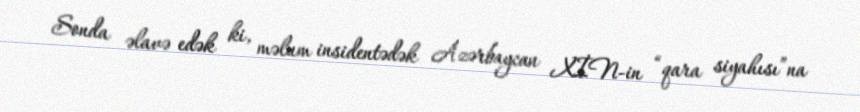
Sonda əlavə edək ki, məlum insidentədək Azərbaycan XİN-in “qara siyahısı”na